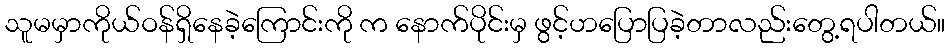
သူမမှာကိုယ်ဝန်ရှိနေခဲ့ကြောင်းကို က နောက်ပိုင်းမှ ဖွင့်ဟပြောပြခဲ့တာလည်းတွေ့ရပါတယ်။